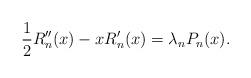
LaTeX: \begin{align*} \frac{1}{2}R^{\prime\prime}_n(x)-xR^{\prime}_n(x)= \lambda_n P_n(x).\end{align*}